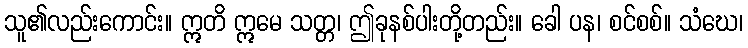
သူ၏လည်းကောင်း။ ဣတိ ဣမေ သတ္တ၊ ဤခုနစ်ပါးတို့တည်း။ ခေါ ပန၊ စင်စစ်။ သံဃေ၊